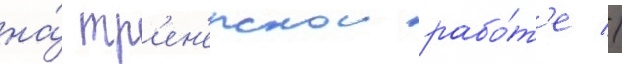
на́ тр'ен'ерскои рабо́т'е //